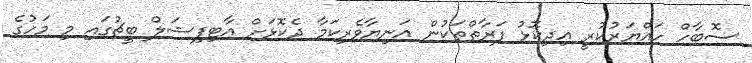
ސޮބާހް ހައްޔަރުކުރީ އިދިކޮޅު ފަރާތްތަކުން އަނިޔާވެރިކަމާ ދެކޮޅަށް އާޓިފިޝަލް ބީޗުގައި މި މަހުގެ